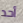
أحد